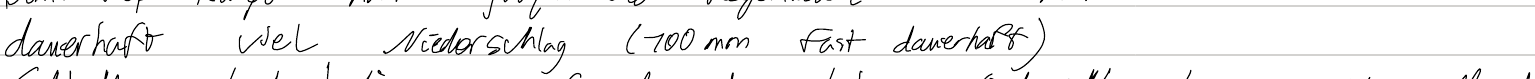
dauerhaft viel Niederschlag (100mm fast dauerhaft)